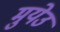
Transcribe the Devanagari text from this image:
मुयेउ